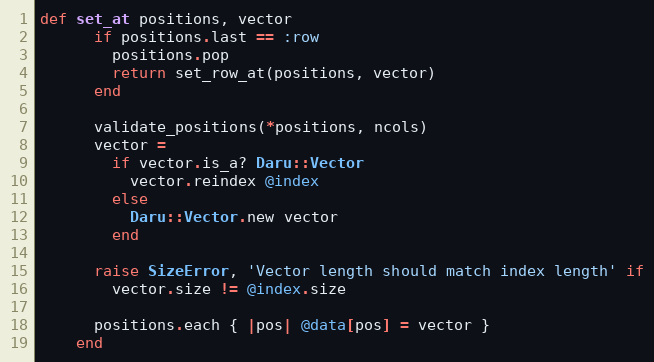
Language: Ruby
def set_at positions, vector
      if positions.last == :row
        positions.pop
        return set_row_at(positions, vector)
      end

      validate_positions(*positions, ncols)
      vector =
        if vector.is_a? Daru::Vector
          vector.reindex @index
        else
          Daru::Vector.new vector
        end

      raise SizeError, 'Vector length should match index length' if
        vector.size != @index.size

      positions.each { |pos| @data[pos] = vector }
    end